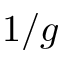
1 / g